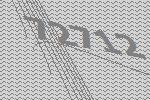
72712